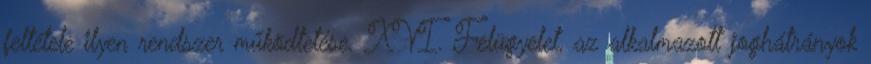
feltétele ilyen rendszer működtetése. XVI. Felügyelet, az alkalmazott joghátrányok